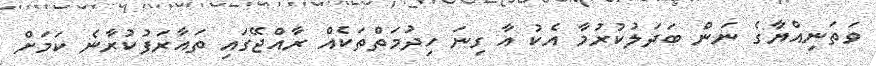
ވަތަނިއްޔާގެ ނަން ބަދަލުކުރުމާ އެކު އާ ގިނަ ހިދުމަތްތަކެއް ރާއްޖޭގައި ތައާރަފުކުރާނެ ކަމަށް